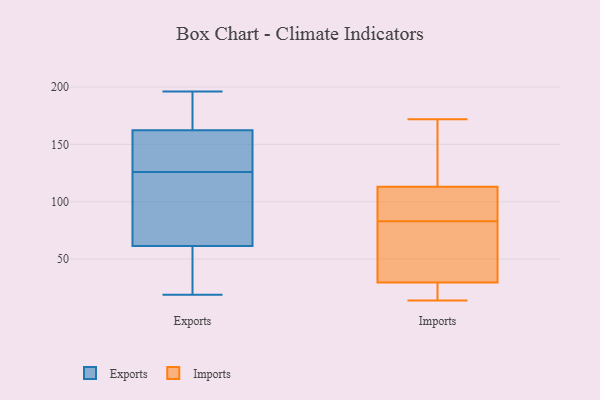
{"axis": {"x": "Website Visitors", "y": "Value"}, "legend": ["Exports", "Imports"], "data": [{"x": "", "y": 62, "type": "Exports"}, {"x": "", "y": 184, "type": "Exports"}, {"x": "", "y": 106, "type": "Exports"}, {"x": "", "y": 75, "type": "Exports"}, {"x": "", "y": 126, "type": "Exports"}, {"x": "", "y": 52, "type": "Exports"}, {"x": "", "y": 196, "type": "Exports"}, {"x": "", "y": 155, "type": "Exports"}, {"x": "", "y": 96, "type": "Exports"}, {"x": "", "y": 60, "type": "Exports"}, {"x": "", "y": 196, "type": "Exports"}, {"x": "", "y": 56, "type": "Exports"}, {"x": "", "y": 195, "type": "Exports"}, {"x": "", "y": 154, "type": "Exports"}, {"x": "", "y": 19, "type": "Exports"}, {"x": "", "y": 146, "type": "Exports"}, {"x": "", "y": 145, "type": "Exports"}, {"x": "", "y": 108, "type": "Imports"}, {"x": "", "y": 60, "type": "Imports"}, {"x": "", "y": 31, "type": "Imports"}, {"x": "", "y": 128, "type": "Imports"}, {"x": "", "y": 73, "type": "Imports"}, {"x": "", "y": 25, "type": "Imports"}, {"x": "", "y": 99, "type": "Imports"}, {"x": "", "y": 129, "type": "Imports"}, {"x": "", "y": 25, "type": "Imports"}, {"x": "", "y": 25, "type": "Imports"}, {"x": "", "y": 14, "type": "Imports"}, {"x": "", "y": 139, "type": "Imports"}, {"x": "", "y": 83, "type": "Imports"}, {"x": "", "y": 93, "type": "Imports"}, {"x": "", "y": 59, "type": "Imports"}, {"x": "", "y": 172, "type": "Imports"}, {"x": "", "y": 87, "type": "Imports"}]}